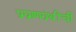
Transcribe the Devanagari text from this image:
प्रघ्राणग्रंथींची